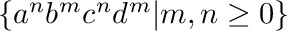
\{ a ^ { n } b ^ { m } c ^ { n } d ^ { m } | m , n \geq 0 \}